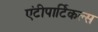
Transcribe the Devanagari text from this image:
एंटीपार्टिकल्स